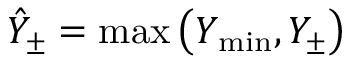
\hat { Y } _ { \pm } = \operatorname* { m a x } \left( Y _ { \operatorname* { m i n } } , Y _ { \pm } \right)